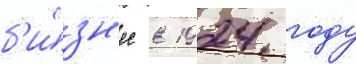
б'и́зн'ес в 1924 году